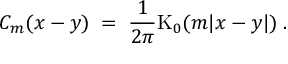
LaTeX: C _ { m } ( x - y ) \; = \; \frac { 1 } { 2 \pi } \mathrm { K } _ { 0 } ( m | x - y | ) \; .